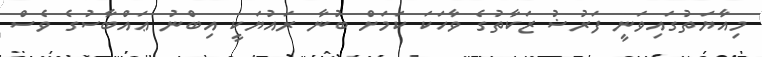
މިއާޔަތުގައިވަނީ ފަރުޟު ޒަކާތުގެ ވާހަކަ ކަމަށް ބުނާ ރައުޔަކީ އިބްނު ޢައްބާސުގެ ވެސް